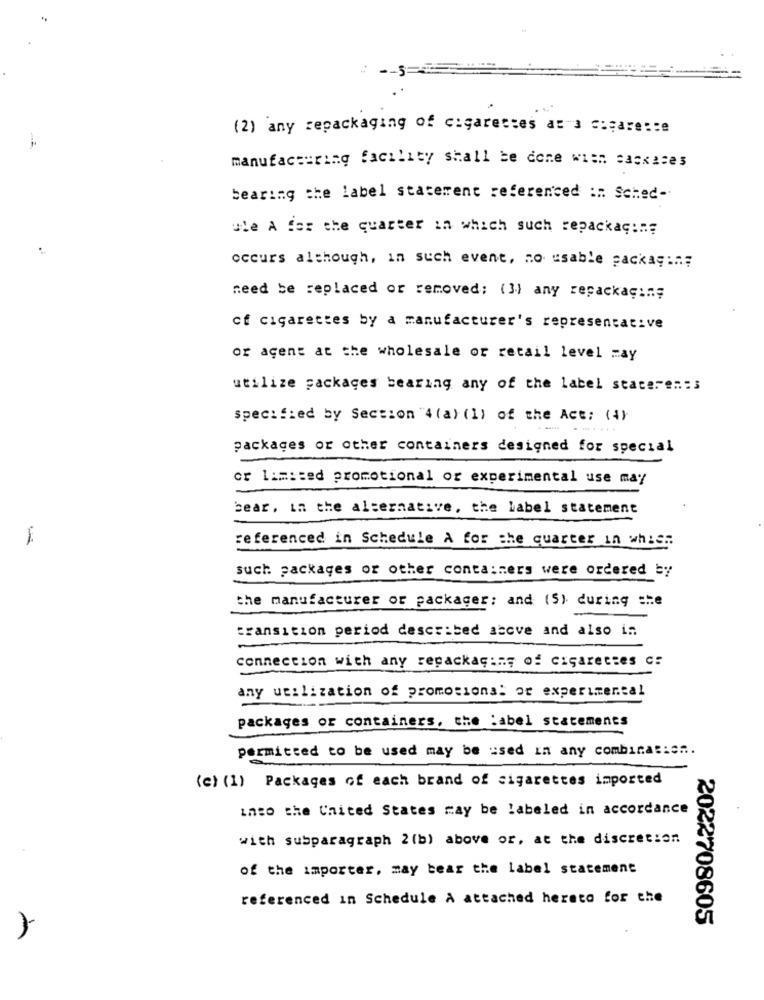
(2) any repackaging of cigarettes as a sigarette
manufacturing facility shall be done with caskates
bearing the label statement referenced ::: Sched-
ute A for the quarter in which such repackaç:"
occurs although, in such event, no usable packag :..;
need be replaced or removed; (3) any repackaçı ..;
cf cigarettes by a manufacturer's representative
or agent at the wholesale or retail level may
utilize packages bearing any of the label stacerem:s
specified by Section 4(a) (1) of the Act: (4)
packages or other containers designed for special
or limited promotional or experimental use may
bear, in the alternative, the Label statement
-
referenced in Schedule A for the quarter in which
such packages or other containers were ordered by
the manufacturer or packager; and (5) during the
transition period described above and also in
connection with any repackaging of cigarettes c:
any utilization of promotional or experimental
packages or containers, the Label statements
permitted to be used may be used in any combinas:s ...
(c) (1) Packages of each brand of cigarettes imported
into the United States ray be labeled in accordance
with subparagraph 2(b) above or, at the discretion
of the importer, may bear the label statement
referenced in Schedule A attached hereto for the
2022708605